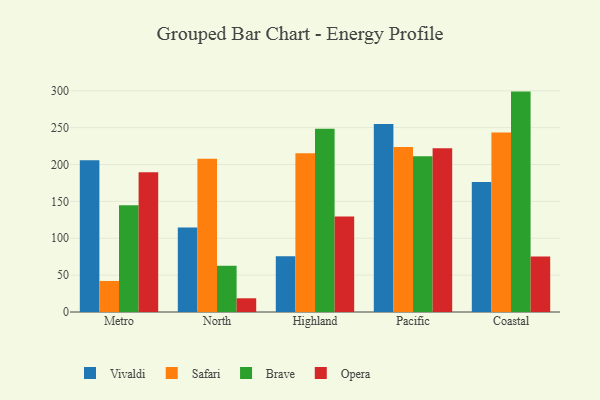
{"axis": {"x": "Region", "y": "Tickets Resolved"}, "legend": ["Brave", "Opera", "Safari", "Vivaldi"], "data": [{"x": "Metro", "y": 205.7, "type": "Vivaldi"}, {"x": "Metro", "y": 42.1, "type": "Safari"}, {"x": "Metro", "y": 144.7, "type": "Brave"}, {"x": "Metro", "y": 189.4, "type": "Opera"}, {"x": "North", "y": 114.6, "type": "Vivaldi"}, {"x": "North", "y": 208.0, "type": "Safari"}, {"x": "North", "y": 62.7, "type": "Brave"}, {"x": "North", "y": 18.6, "type": "Opera"}, {"x": "Highland", "y": 75.5, "type": "Vivaldi"}, {"x": "Highland", "y": 215.3, "type": "Safari"}, {"x": "Highland", "y": 248.4, "type": "Brave"}, {"x": "Highland", "y": 129.5, "type": "Opera"}, {"x": "Pacific", "y": 255.1, "type": "Vivaldi"}, {"x": "Pacific", "y": 223.6, "type": "Safari"}, {"x": "Pacific", "y": 211.1, "type": "Brave"}, {"x": "Pacific", "y": 222.1, "type": "Opera"}, {"x": "Coastal", "y": 176.3, "type": "Vivaldi"}, {"x": "Coastal", "y": 243.5, "type": "Safari"}, {"x": "Coastal", "y": 298.9, "type": "Brave"}, {"x": "Coastal", "y": 75.1, "type": "Opera"}]}